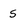
Character: s